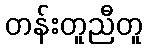
တန်းတူညီတူ